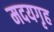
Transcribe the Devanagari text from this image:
मदयगृह